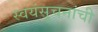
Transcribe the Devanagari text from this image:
स्वयंसुचनांची